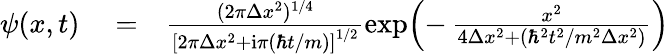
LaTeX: \begin{array}{rlr}{\psi(x,t)}&{{}=}&{\frac{(2\pi\Delta x^{2})^{1/4}}{\left[2\pi\Delta x^{2}+\mathrm{i}\pi(\hbar t/m)\right]^{1/2}}\exp\! \left(-\, \frac{x^{2}}{4\Delta x^{2}+(\hbar^{2}t^{2}/m^{2}\Delta x^{2})}\right)}\end{array}